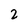
Character: 2